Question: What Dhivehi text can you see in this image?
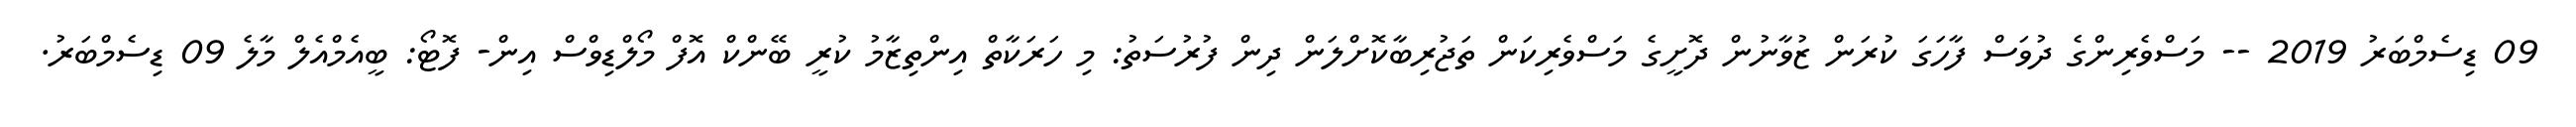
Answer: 09 ޑިސެމްބަރު 2019 -- މަސްވެރިންގެ ދުވަސް ފާހަގަ ކުރަން ޒުވާނުން ދޮށީގެ މަސްވެރިކަން ތަޖުރިބާކޮށްލަން ދިން ފުރުސަތު: މި ހަރަކާތް އިންތިޒާމު ކުރީ ބޭންކް އޮފް މޯލްޑިވްސް އިން- ފޮޓޯ: ބީއެމްއެލް މާލެ 09 ޑިސެމްބަރު.